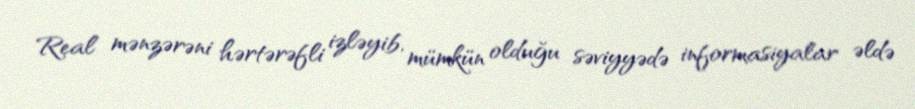
Real mənzərəni hərtərəfli izləyib, mümkün olduğu səviyyədə informasiyalar əldə